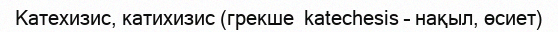
Катехизис, катихизис (грекше  katechesіs – нақыл, өсиет)